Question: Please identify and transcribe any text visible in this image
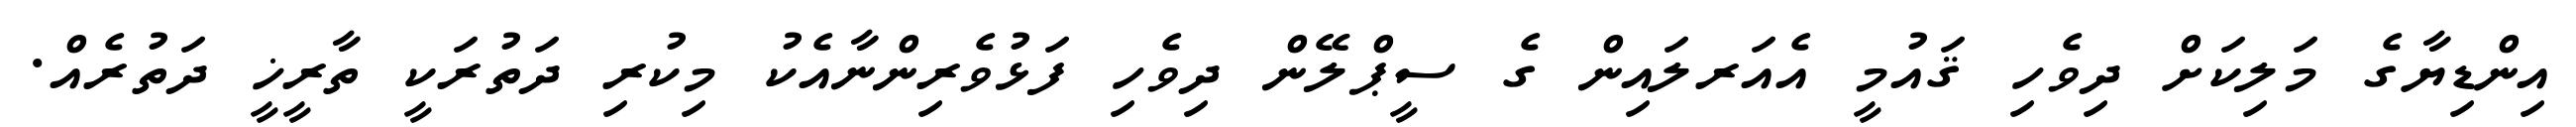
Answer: އިންޑިޔާގެ މަލިކަށް ދިވެހި ޤައުމީ އެއަރލައިން ގެ ސީޕްލޭން ދިވެހި ފަޅުވެރިންނާއެކު މިކުރި ދަތުރަކީ ތާރީޚީ ދަތުރެއް.